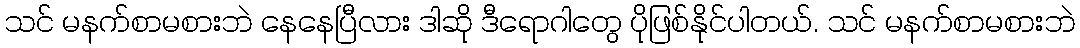
သင် မနက်စာမစားဘဲ နေနေပြီလား ဒါဆို ဒီရောဂါတွေ ပိုဖြစ်နိုင်ပါတယ်. သင် မနက်စာမစားဘဲ